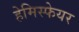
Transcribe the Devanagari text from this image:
हेमिस्फेयर